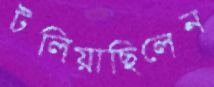
টলিয়াছিলেন